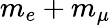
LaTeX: m_{e}+m_{\mu}